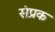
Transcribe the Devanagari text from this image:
संप्रक